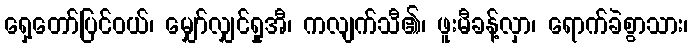
ရှေ့တော်ပြင်ဝယ်၊ မျှော်လျှင်ရှုအီ၊ ကလျက်သီ၏၊ ဖူးမီခန့်လှာ၊ ရောက်ခဲစွာသား၊